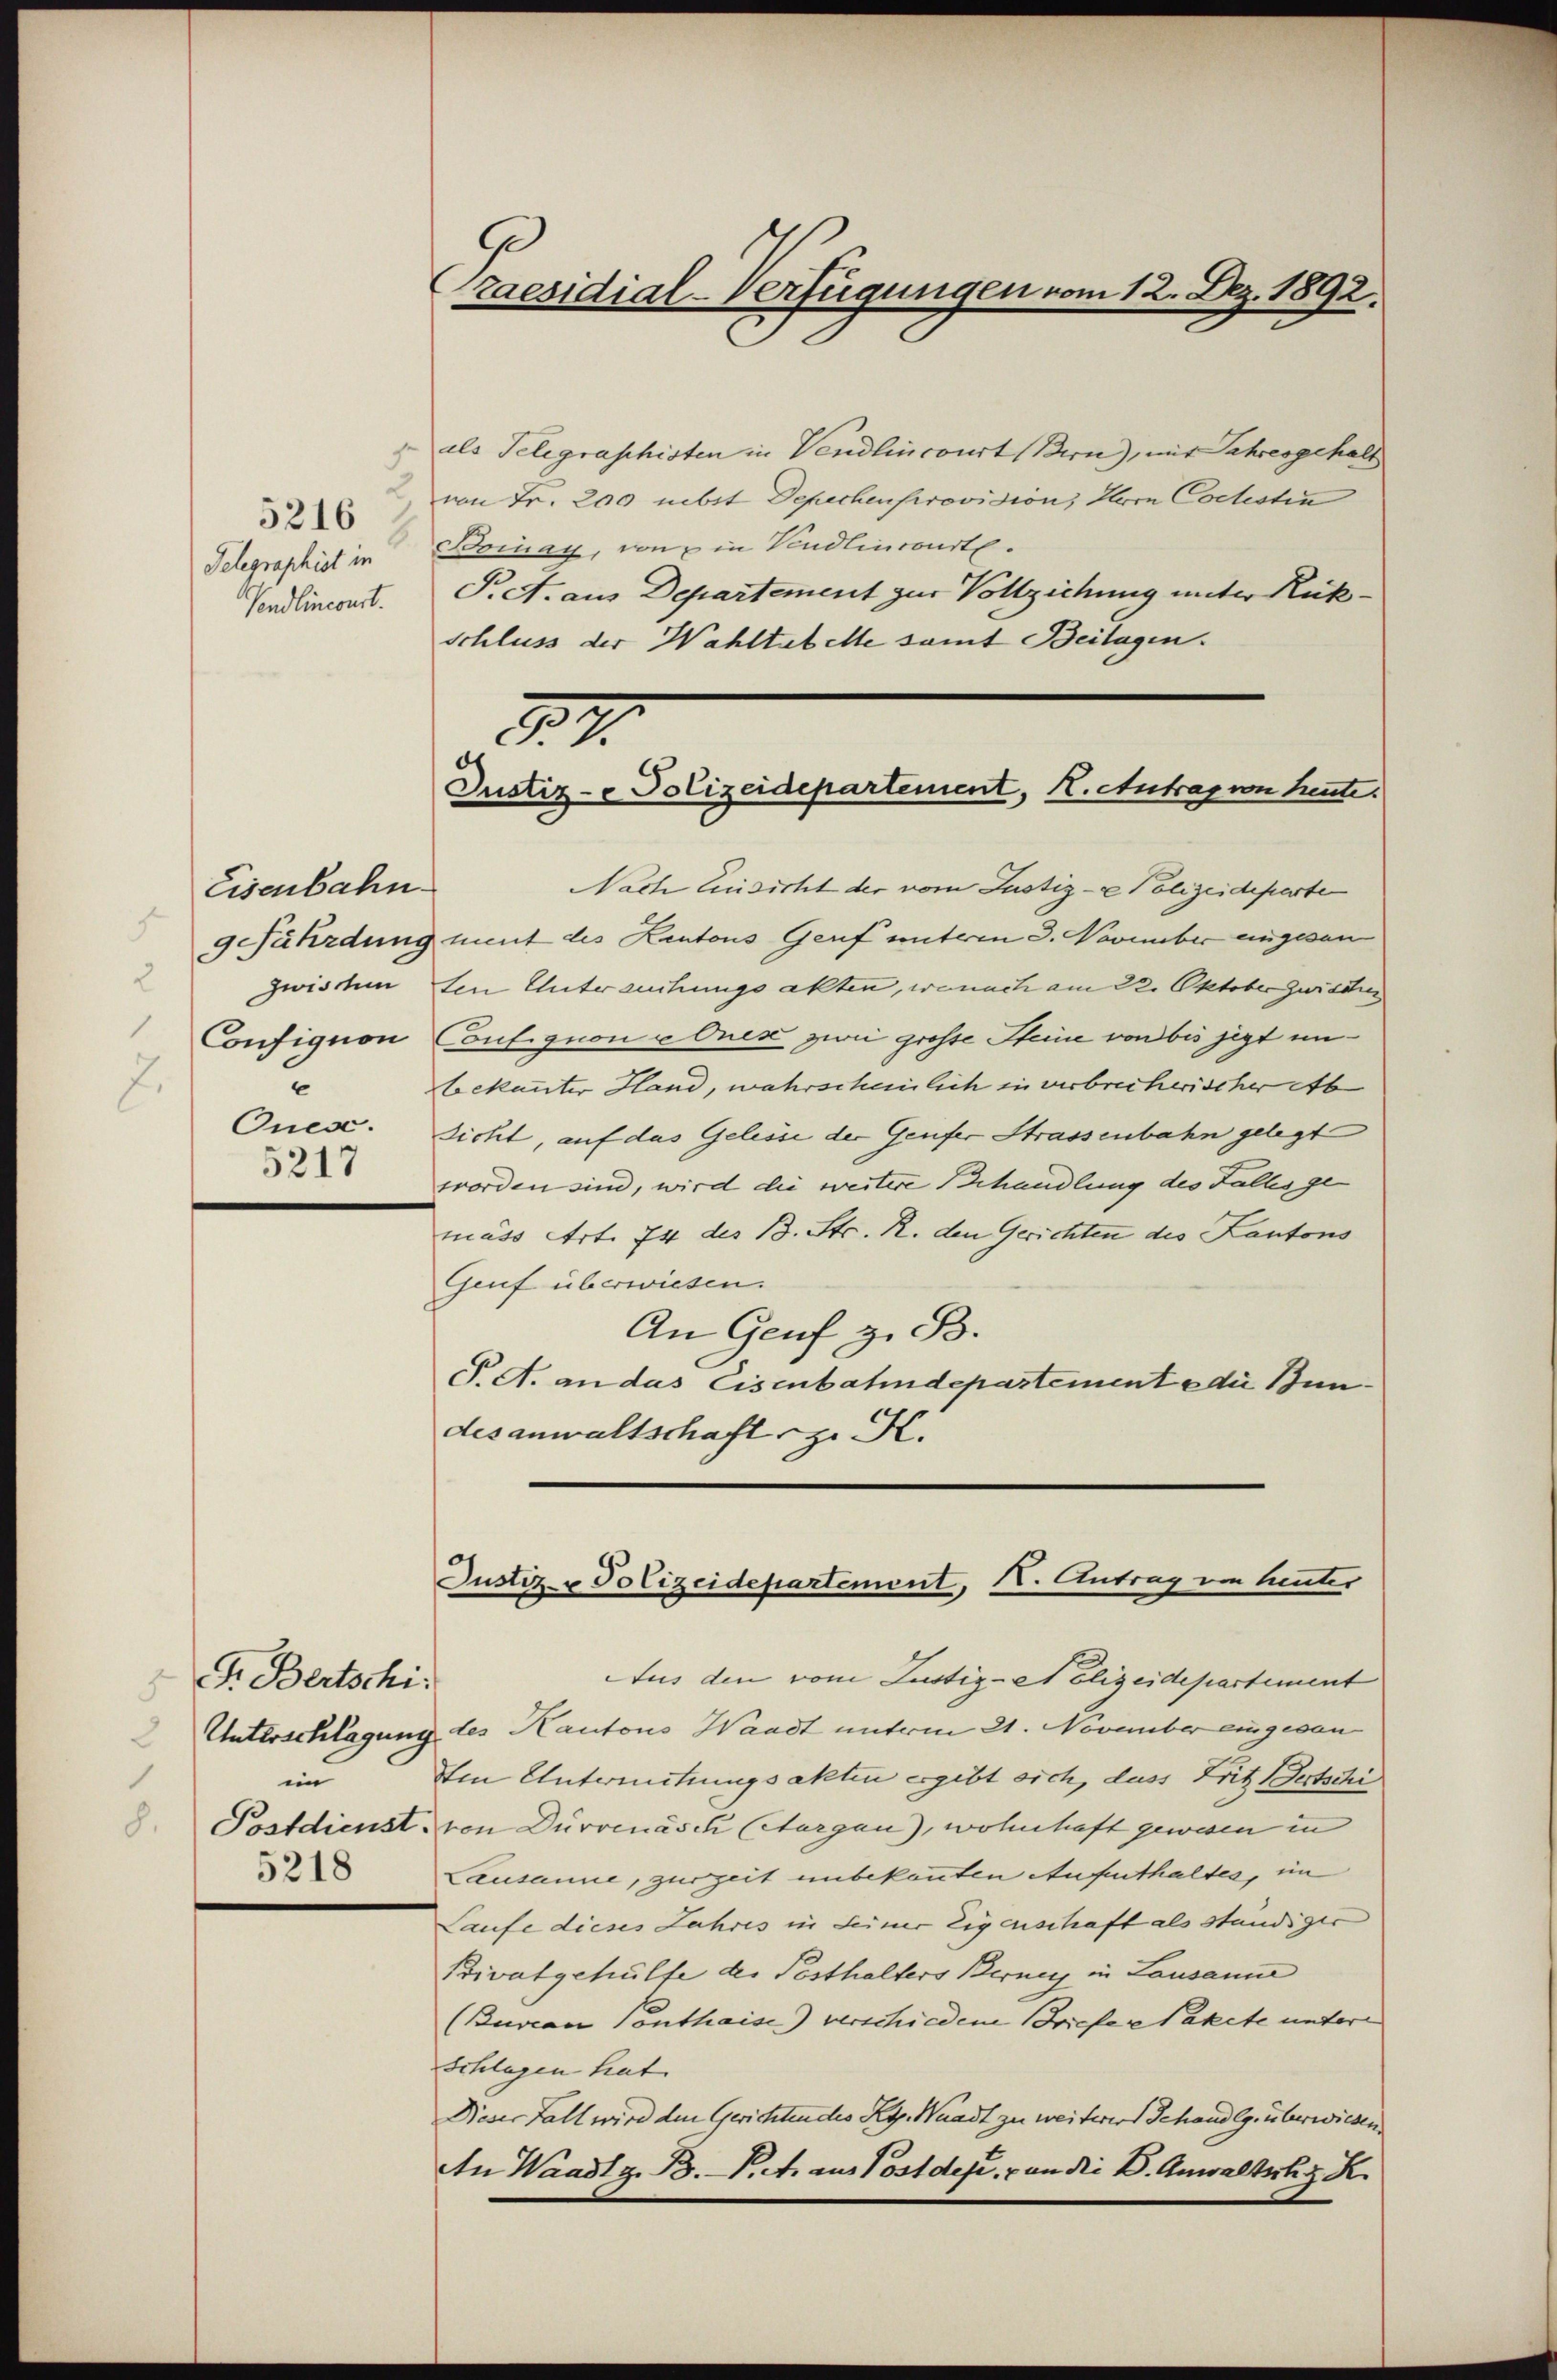
Telegraphist in
Vendlincourt.

5216

Eisenbahn
s
2
zwischen
c
Ones.
5217

F. Bertschi
im
.
5218

G
Praesidial-Verfügungen vom 12. Dez. 1892.

als Telegraphisten in Vendlincourt (Bern), mit Jahresgehalt
von Fr. 200 nebst Depechenprovision, Herrn Coclestia
Boinay, von in Vendlincourte
Pret. aus Departement zur Vollziehung unter Rück¬
Schluss der Wahltabelle samt Beilagen.

22
Justiz- & Polizeidepartement, K. Antrag von heute.

Nach Einsicht der vom Justiz- & Polizeideparte
9 Jährdung ment des Kantons Genf unterm 3. November eingesan
den Untersuchungsakten, wonach am 22. Oktober zwischer
Configion Couligion e Ones zwei grosse Steine von bis jezt unbekannter Hand, wahrscheinlich in verbrecherischer Ab
sicht, auf das Gelesse der Genfer Strassenbahn gelegt
worden sind, wird die weitere Behandlung des Falles ge
mäss Art. 74 des 13. Str. R. den Gerichten des Kantons
Genf überwiesen.
An Genf z. B.
P.A. an das Eisenbahndepartement die Bundesanwaltschaft z. K.

Justiz & Polizeidepartement, I. Antrag von heuter

Aus den vom Justiz- et olizeidepartement
Unterschlagung des Kantons Waadt unterm 21. November eingesan
Ien Untermitzungsakten ergibt sich, dass Fritz (Bertschi
 Postdienst von Dürrenasch (Aargau), wohnhaft gewesen in
Lausanne, zur Zeit unbekannten Aufenthaltes, im
Laufe dieses Jahres in seiner Eigenschaft als ständiger
Brivatgehülfe der Pesthalters Berney in Lausanne
(Buvian Conthaise) verschiedene Briefer Pakete untere
Splügen hat.
Dieser Fall wird den Gerichtendes Kap. Waadt zu weiterer Behandlg. überwieden.
An Waadt z. B. P. M. aus Postdepi, von die K. Anwaltsch z. R.